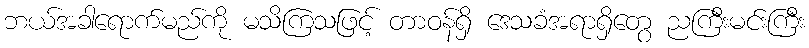
ဘယ်အခါရောက်မည်ကို မသိကြသဖြင့် တာဝန်ရှိ ဒေသခံအရာရှိတွေ ညကြီးမင်းကြီး